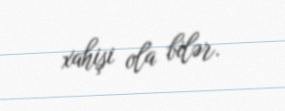
xahişi ola bilər.